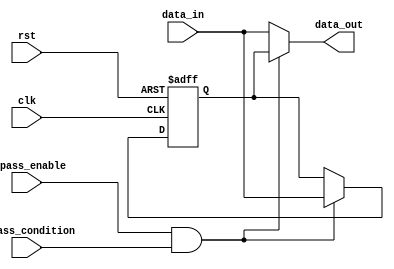
module simple_bypass_register (
    input clk,                  // Clock signal
    input rst,                  // Reset signal
    input bypass_enable,        // Enable signal for bypass functionality
    input bypass_condition,     // Timing condition signal for activating bypass
    input [7:0] data_in,        // Input data to bypass register
    output reg [7:0] data_out   // Output data from bypass register
);

// Bypass register declaration
reg [7:0] bypass_reg;

// Synchronization logic to latch input data
always @(posedge clk or posedge rst)
begin
    if (rst) begin
        bypass_reg <= 8'b0;     // Reset bypass register
    end else begin
        if (bypass_enable && bypass_condition) begin
            bypass_reg <= data_in; // Latch input data into bypass register
        end
    end
end

// Timing control logic to enable/disable bypass functionality
always @(*)
begin
    if (bypass_enable && bypass_condition) begin
        data_out <= bypass_reg; // Output bypass register data when enabled
    end else begin
        data_out <= data_in;    // Output input data when bypass is disabled
    end
end

endmodule